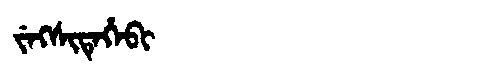
Manchu: ᠵᡝᡴᠰᡳᡨᡝᡥᡝᠪᡳ
Romanization: JEKSITEHEBI